Indian journal of veterinary science and animal husbandry - Volume 8,
Year: 1938
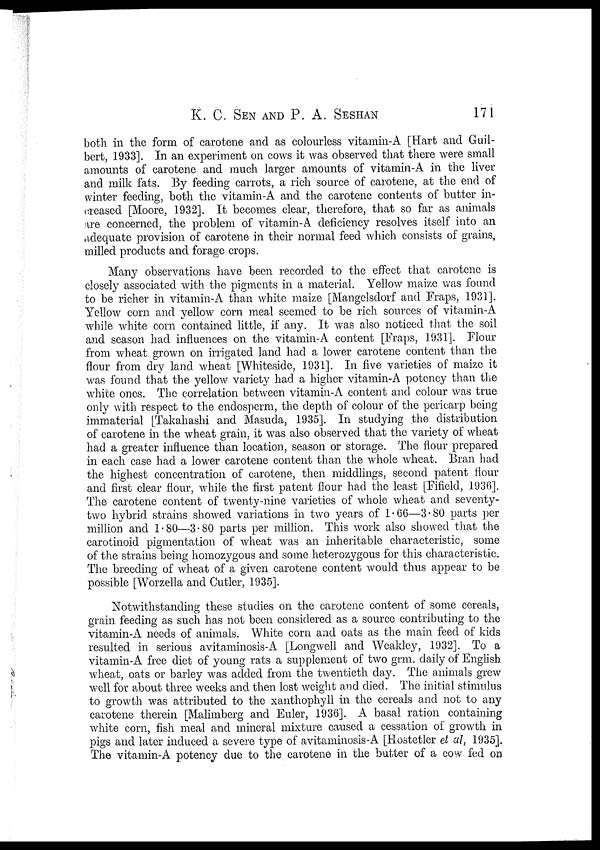
K. C. SEN AND P. A.
SESHAN
171
both in the form of carotene and as colourless vitamin-A [Hart and Guil¬
bert, 1933]. In an experiment on cows it was observed that there were small
amounts of carotene and much larger amounts of vitamin-A in the liver
and milk fats. By feeding carrots, a rich source of carotene, at the end of
winter feeding, both the vitamin-A and the carotene contents of butter in-
creased [Moore, 1932]. It becomes clear, therefore, that so far as animals
are concerned, the problem of vitamin-A deficiency resolves itself into an
adequate provision of carotene in their normal feed which consists of grains,
milled products and forage crops.
Many observations have been recorded to the effect that carotene is
closely associated with the pigments in a material. Yellow maize was found
to be richer in vitamin-A than white maize [Mangelsdorf and Fraps, 1931].
Yellow corn and yellow corn meal seemed to be rich sources of vitamin-A
while white corn contained little, if any. It was also noticed that the soil
and season had influences on the vitamin-A content [Fraps, 1931]. Flour
from wheat grown on irrigated land had a lower carotene content than the
flour from dry land wheat [Whiteside, 1931]. In five varieties of maize it
was found that the yellow variety had a higher vitamin-A potency than the
white ones. The correlation between vitamin-A content and colour was true
only with respect to the endosperm, the depth of colour of the pericarp being
immaterial [Takahashi and Masuda, 1935]. In studying the distribution
of carotene in the wheat grain, it was also observed that the variety of wheat
had a greater influence than location, season or storage. The flour prepared
in each case had a lower carotene content than the whole wheat. Bran had
the highest concentration of carotene, then middlings, second patent flour
and first clear flour, while the first patent flour had the least [Fifield, 1936].
The carotene content of twenty-nine varieties of whole wheat and seventy-
two hybrid strains showed variations in two years of 1.66—3.80 parts per
million and 1.80—3.80 parts per million. This work also showed that the
carotinoid pigmentation of wheat was an inheritable characteristic, some
of the strains being homozygous and some heterozygous for this characteristic.
The breeding of wheat of a given carotene content would thus appear to be
possible [Worzella and Cutler, 1935].
Notwithstanding these studies on the carotene content of some cereals,
grain feeding as such has not been considered as a source contributing to the
vitamin-A needs of animals. White corn and oats as the main feed of kids
resulted in serious avitaminosis-A [Longwell and Weakley, 1932]. To a
vitamin-A free diet of young rats a supplement of two grm. daily of English
wheat, oats or barley was added from the twentieth day. The animals grew
well for about three weeks and then lost weight and died. The initial stimulus
to growth was attributed to the xanthophyll in the cereals and not to any
carotene therein [Malimberg and Euler, 1936]. A basal ration containing
white corn, fish meal and mineral mixture caused a cessation of growth in
pigs and later induced a severe type of avitaminosis-A [Hostetler et al, 1935].
The vitamin-A potency due to the carotene in the butter of a cow fed on